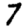
Digit: 7